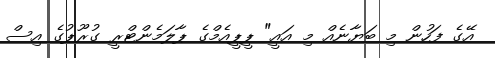
އޭގެ ފަހުން މި ބަޔާނެއް މި އައީ" ޕީޕީއެމްގެ ޕާލަމެންޓްރީ ގުރޫޕުގެ އިސް